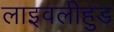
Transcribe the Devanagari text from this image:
लाइवलीहुड